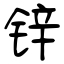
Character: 锌